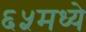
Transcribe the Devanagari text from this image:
६५मध्ये